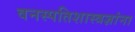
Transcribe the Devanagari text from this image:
वनस्पतिशास्त्रज्ञांना